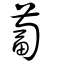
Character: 蔔